Scottish Leaving Certificate Examination, 1956
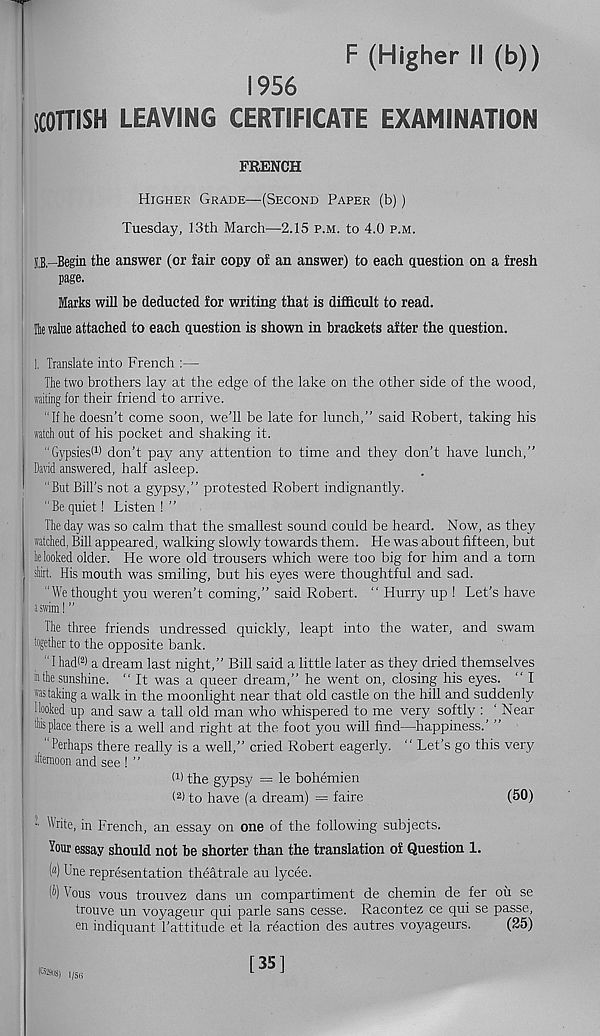
F (Higher II (b))
1956
SCOTTISH LEAVING CERTIFICATE EXAMINATION
FRENCH
Higher Grade—(Second Paper (b))
Tuesday, 13th March—2.15 p.m. to 4.0 p.m.
O-Begin the answer (or fair copy of an answer) to each question on a fresh
page.
Marks will he deducted for writing that is difficult to read.
Tiie value attached to each question is shown in brackets after the question.
), Translate into French :—
The two brothers lay at the edge of the lake on the other side of the wood,
waiting for their friend to arrive.
"If he doesn’t come soon, we'll be late for lunch,” said Robert, taking his
watch out of his pocket and shaking it.
“Gypsies^ don’t pay any attention to time and they don’t have lunch,”
David answered, half asleep.
"But Bill’s not a gypsy,” protested Robert indignantly.
“Be quiet! Listen!”
The day was so calm that the smallest sound could be heard. Now, as they
watched, Bill appeared, walking slowly towards them. He was about fifteen, but
he looked older. He wore old trousers which were too big for him and a torn
shirt. His mouth was smiling, but his eyes were thoughtful and sad.
“We thought you weren’t coming,” said Robert. " Hurry up ! Let's have
a swim! ”
The three friends undressed quickly, leapt into the water, and swam
together to the opposite bank.
" I had< 2 ) a dream last night,” Bill said a little later as they dried themselves
io the sunshine. “ It was a queer dream,” he went on, closing his eyes. " I
was taking a walk in the moonlight near that old castle on the hill and suddenly
Hooked up and saw a tall old man who whispered to me very softly : ‘ Near
this place there is a well and right at the foot you will find—happiness.’ ”
‘Perhaps there really is a well,” cried Robert eagerly. “ Let’s go this very
afternoon and see ! ”
(1 > the gypsy = le bohemien
( 2 ) to have (a dream) = faire
(50)
~ Write, in French, an essay on one of the following subjects.
Your essay should not be shorter than the translation of Question 1.
(«) Une representation theatrale au lycee.
(i) Vous vous trouvez dans un compartiment de chemin de fer oil se
trouve un voyageur qui parle sans cesse. Racontez ce qni se passe,
en indiquant 1’attitude et la reaction des autres voyageurs.
(25)